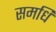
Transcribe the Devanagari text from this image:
समधि